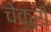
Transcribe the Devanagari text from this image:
चेकुरी